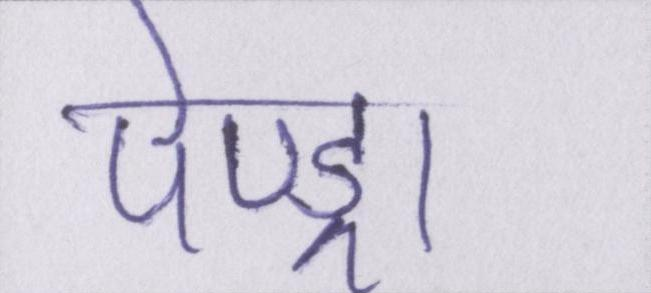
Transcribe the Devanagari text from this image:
पेण्ड्रा